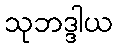
သုဘဒ္ဒါယ